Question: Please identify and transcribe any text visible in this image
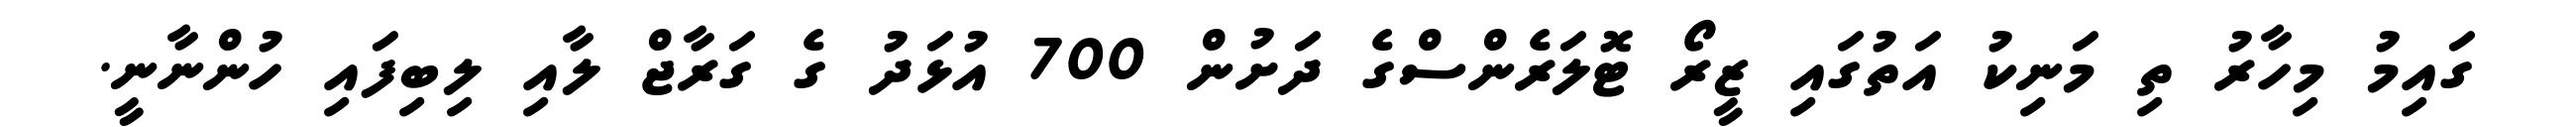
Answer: ގައިމު މިހާރު ތި މަނިކު އަތުގައި ޒީރޯ ޓޮލަރެންސްގެ ދަށުން 700 އުޅަދު ގެ ގަރާޖް ލާއި ލިބިފައި ހުންނާނީ.